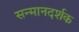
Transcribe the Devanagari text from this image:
सन्मानदर्शक